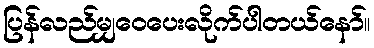
ပြန်လည်မျှဝေပေးလိုက်ပါတယ်နော်။